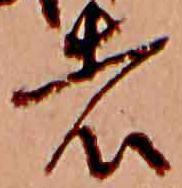
者